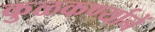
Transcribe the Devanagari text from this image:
कुळकर्ण्यानें